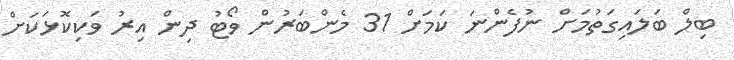
ބިލް ބަލައިގަތުމަށް ނުފެންނަ ކަމަށް 31 މެންބަރުން ވޯޓު ދިން އިރު ވަކިކޮޅަކަށް